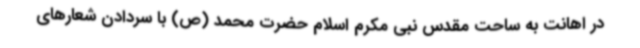
در اهانت به ساحت مقدس نبی مکرم اسلام حضرت محمد (ص) با سردادن شعارهای